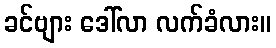
ခင်ဗျား ဒေါ်လာ လက်ခံလား။